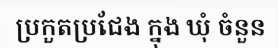
ប្រកួតប្រជែង ក្នុង ឃុំ ចំនួន